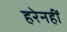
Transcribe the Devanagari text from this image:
हरेनहीं